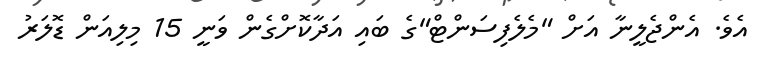
އެވެ. އެންޖެލީނާ އަށް "މެލެފިސަންޓް"ގެ ބައި އަދާކޮށްގެން ވަނީ 15 މިލިއަން ޑޮލަރު